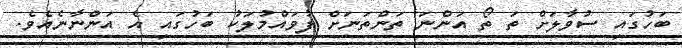
ބަހުގައި ސުވާލަށް ތަ ތޯ އަންނަ ތަންތަނަށް ފުވައްމުލަކު ބަހުގައި އެ އަންނާނެއެވެ.